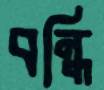
বন্ধি